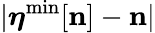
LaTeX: |{\boldsymbol\eta}^{\mathrm{{min}}}[{\mathbf n}]-{\mathbf n}|